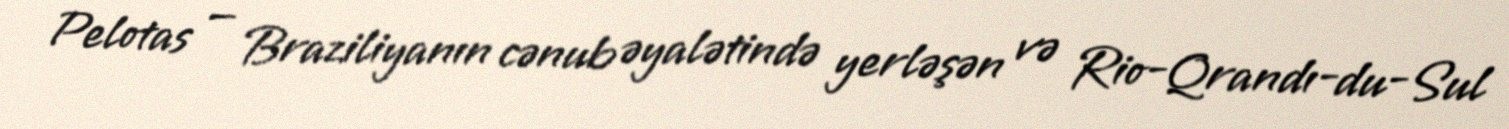
Pelotas — Braziliyanın cənub əyalətində yerləşən və Rio-Qrandı-du-Sul